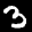
Label: 3